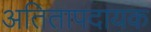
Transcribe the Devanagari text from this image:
अतितापदायक